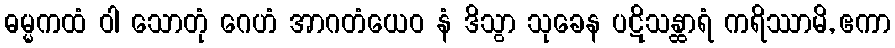
ဓမ္မကထံ ဝါ သောတုံ ဂေဟံ အာဂတံယေဝ နံ ဒိသွာ သုခေန ပဋိသန္ထာရံ ကရိဿာမိ, ဧကာ